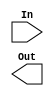
`timescale 1ns / 1ps
//////////////////////////////////////////////////////////////////////////////////
// Company: 
// Engineer: 
// 
// Design Name: 
// Module Name: Multi_Xor
// Project Name: 
// Target Devices: 
// Tool Versions: 
// Description: 
// 
// Dependencies: 
// 
// Revision:
// Revision 0.01 - File Created
// Additional Comments:
// 
//////////////////////////////////////////////////////////////////////////////////


module Multi_Xor(
    input In,
    output Out
    );
endmodule